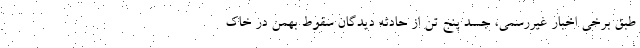
طبق برخی اخبار غیررسمی، جسد پنج تن از حادثه دیدگان سقوط بهمن در خاک